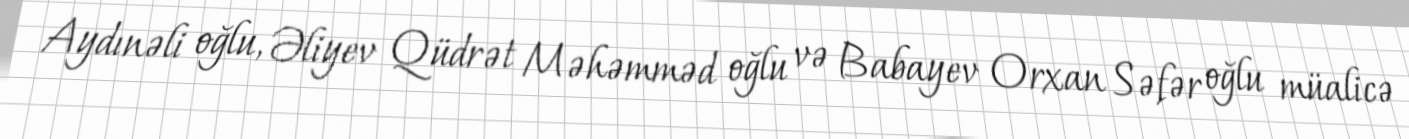
Aydınəli oğlu, Əliyev Qüdrət Məhəmməd oğlu və Babayev Orxan Səfər oğlu müalicə